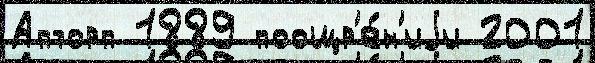
Апторп 1889 поощр'е́н'иjи 2001